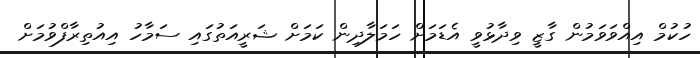
ހުކުމް އިއްވަވަމުން ގާޒީ ވިދާޅުވީ އެޑަމަށް ހަމަލާދިން ކަމަށް ޝަރީއަތުގައި ސަމާހު އިއުތިރާފްވުމަށް